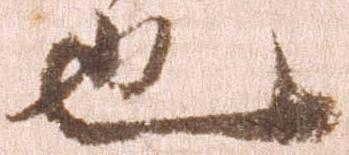
也